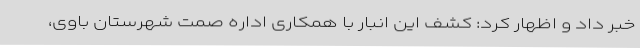
خبر داد و اظهار کرد: کشف این انبار با همکاری اداره صمت شهرستان باوی،